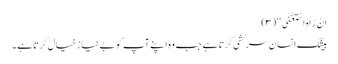
اَنْ رَّاٰہُ اسْتَغْنٰی ‘‘ (۳)
بیشک انسان سر کشی کرتا ہے جب وہ اپنے آپ کو بے نیاز خیال کرتا ہے ۔